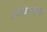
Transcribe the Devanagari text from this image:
तमिळांबाबत